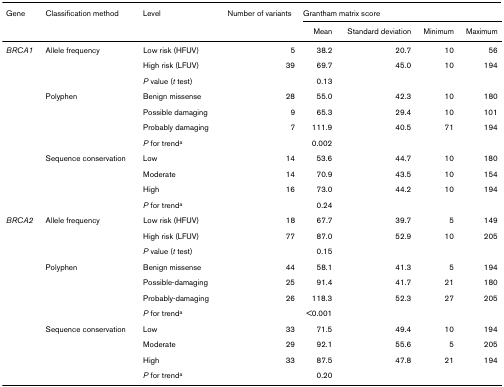
| Gene | Classification method | Level | Number of variants | <COLSPAN=4> Grantham matrix score |
 |  |  |  |  | Mean | Standard deviation | Minimum | Maximum |
 | --- | --- | --- | --- | --- | --- | --- | --- |
 | BRCA1 | Allele frequency | Low risk (HFUV) | 5 | 38.2 | 20.7 | 10 | 56 |
 |  |  | High risk (LFUV) | 39 | 69.7 | 45.0 | 10 | 194 |
 |  |  | P value (t test) |  | 0.13 |  |  |  |
 |  | Polyphen | Benign missense | 28 | 55.0 | 42.3 | 10 | 180 |
 |  |  | Possible damaging | 9 | 65.3 | 29.4 | 10 | 101 |
 |  |  | Probably damaging | 7 | 111.9 | 40.5 | 71 | 194 |
 |  |  | P for trenda |  | 0.002 |  |  |  |
 |  | Sequence conservation | Low | 14 | 53.6 | 44.7 | 10 | 180 |
 |  |  | Moderate | 14 | 70.9 | 43.5 | 10 | 154 |
 |  |  | High | 16 | 73.0 | 44.2 | 10 | 194 |
 |  |  | P for trenda |  | 0.24 |  |  |  |
 | BRCA2 | Allele frequency | Low risk (HFUV) | 18 | 67.7 | 39.7 | 5 | 149 |
 |  |  | High risk (LFUV) | 77 | 87.0 | 52.9 | 10 | 205 |
 |  |  | P value (t test) |  | 0.15 |  |  |  |
 |  | Polyphen | Benign missense | 44 | 58.1 | 41.3 | 5 | 194 |
 |  |  | Possible-damaging | 25 | 91.4 | 41.7 | 21 | 180 |
 |  |  | Probably-damaging | 26 | 118.3 | 52.3 | 27 | 205 |
 |  |  | P for trenda |  | <0.001 |  |  |  |
 |  | Sequence conservation | Low | 33 | 71.5 | 49.4 | 10 | 194 |
 |  |  | Moderate | 29 | 92.1 | 55.6 | 5 | 205 |
 |  |  | High | 33 | 87.5 | 47.8 | 21 | 194 |
 |  |  | P for trenda |  | 0.20 |  |  |  |